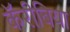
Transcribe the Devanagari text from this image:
कॅरीबिया